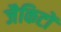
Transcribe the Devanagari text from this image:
जैकिटों